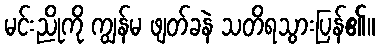
မင်းညိုကို ကျွန်မ ဖျတ်ခနဲ သတိရသွားပြန်၏။